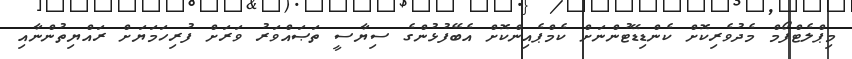
މިޕްލެޓްފޯމް މެދުވެރިކޮށް ކެންޑިޑޭޓުންނަށް ކެމްޕެއިންކޮށް އެބޭފުޅުންގެ ސިޔާސީ ތަޞައްވަރު ވަރަށް ފުރިހަމަޔަށް ރައްޔިތުންނާއި